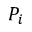
P _ { i }